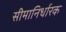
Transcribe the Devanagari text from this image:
सीमानिर्धारक